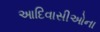
આદિવાસીઓના